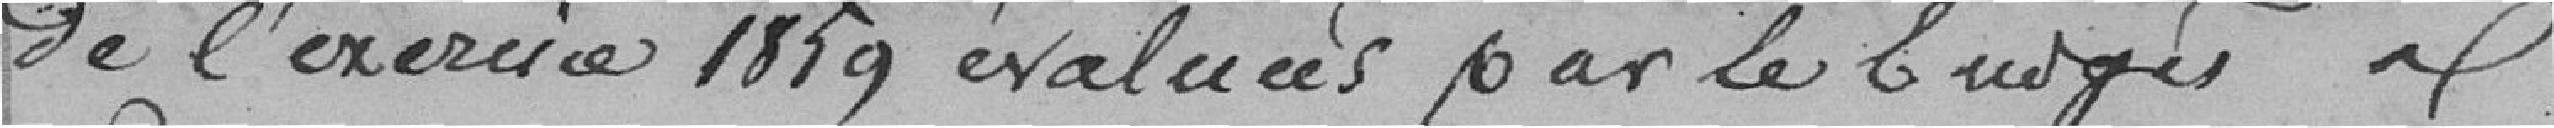
de l'exercice 1859 évaluées par le budget de